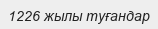
1226 жылы туғандар